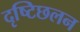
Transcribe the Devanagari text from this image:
दृष्टिछलन